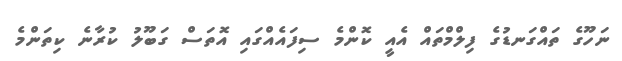
ނަހޫގެ ތައްގަނޑުގެ ފިލްމްތައް އެއީ ކޮންމެ ސިފައެއްގައި އޮތަސް ގަބޫލު ކުރާނެ ކިތަންމެ